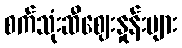
စက်သုံးဆီဈေးနှုန်းများ